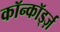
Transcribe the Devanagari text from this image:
कॉन्कॉर्ड्ज़